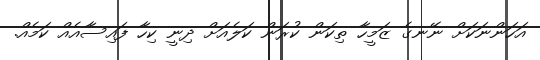
އަހަންނަކަށް ނޭނގެ ޒަމީހާ ތިކަން ކުރަން ކަލެއަށް ދިނީ ކިހާ ފައިސާއެއް ކަމެއް.